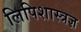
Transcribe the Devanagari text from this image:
लिपिशास्त्रज्ञ